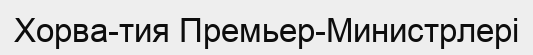
Хорва­тия Премьер-Министрлері